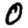
Digit: 0